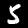
Label: 5